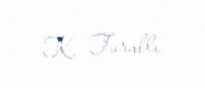
K. Turallı